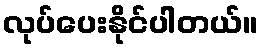
လုပ်ပေးနိုင်ပါတယ်။